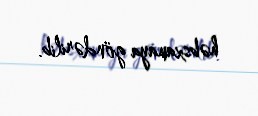
həbsxanaya göndərilib.